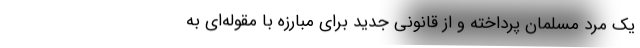
یک مرد مسلمان پرداخته و از قانونی جدید برای مبارزه با مقوله‌ای به